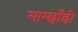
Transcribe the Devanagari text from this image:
साम्छाँल्ली